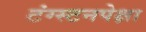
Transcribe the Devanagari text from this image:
टंग्स्टनपेक्षा